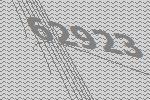
62923